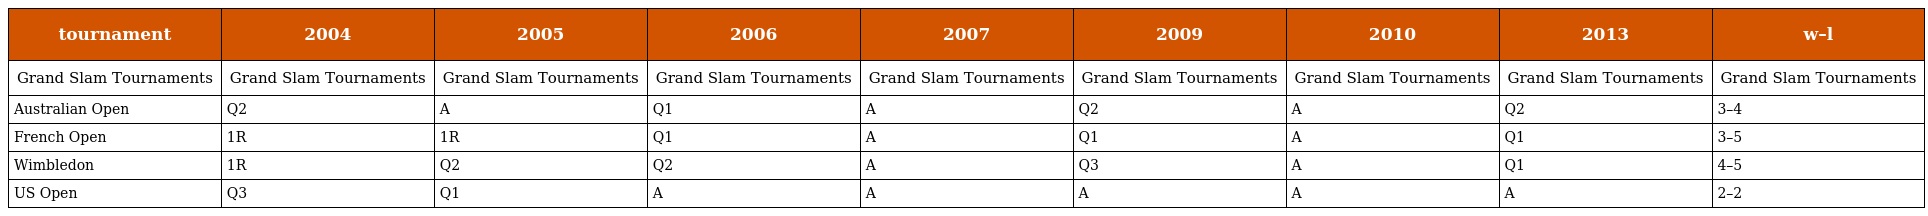
| tournament | 2004 | 2005 | 2006 | 2007 | 2009 | 2010 | 2013 | w–l |
 | --- | --- | --- | --- | --- | --- | --- | --- | --- |
 | Grand Slam Tournaments | Grand Slam Tournaments | Grand Slam Tournaments | Grand Slam Tournaments | Grand Slam Tournaments | Grand Slam Tournaments | Grand Slam Tournaments | Grand Slam Tournaments | Grand Slam Tournaments |
 | Australian Open | Q2 | A | Q1 | A | Q2 | A | Q2 | 3–4 |
 | French Open | 1R | 1R | Q1 | A | Q1 | A | Q1 | 3–5 |
 | Wimbledon | 1R | Q2 | Q2 | A | Q3 | A | Q1 | 4–5 |
 | US Open | Q3 | Q1 | A | A | A | A | A | 2–2 |